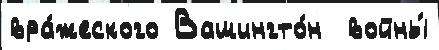
вра́жеского Вашингто́н  войны́